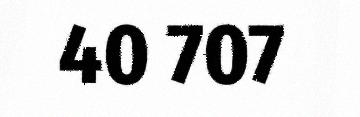
40 707